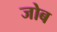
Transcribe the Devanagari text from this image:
जोब